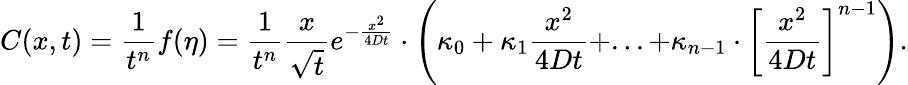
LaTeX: C(x,t)=\frac{1}{t^{n}}f(\eta)=\frac{1}{t^{n}}\frac{x}{\sqrt{t}}e^{-\frac{x^{2}}{4Dt}}\cdot\left(\kappa_{0}+\kappa_{1}\frac{x^{2}}{4Dt}+...+\kappa_{n-1}\cdot\left[\frac{x^{2}}{4Dt}\right]^{n-1}\right).